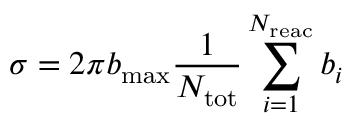
\sigma = 2 \pi b _ { \mathrm { m a x } } { \frac { 1 } { N _ { \mathrm { t o t } } } \sum _ { i = 1 } ^ { N _ { \mathrm { r e a c } } } b _ { i } }